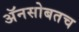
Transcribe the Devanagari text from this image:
अॅनसोबतच